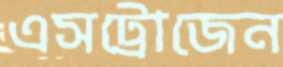
এসট্রোজেন